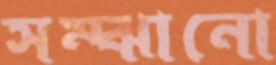
সম্‌ঝানো